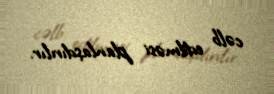
cəlb edilməsi planlaşdırılır.